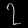
Digit: ၇